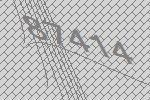
87414